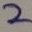
Text: 2